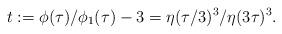
LaTeX: \begin{gather*}t :=\phi(\tau)/\phi_1(\tau)-3=\eta(\tau/3)^3/\eta(3\tau)^3.\end{gather*}